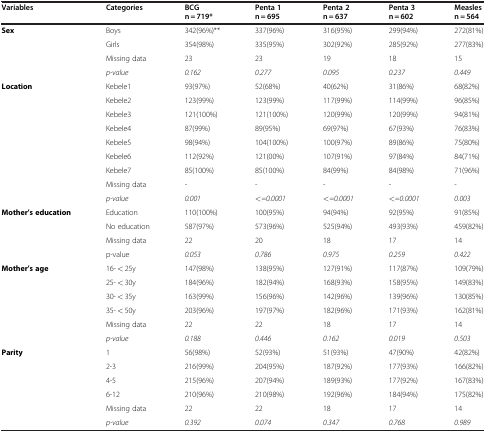
<table><thead><tr><td><b>Variables</b></td><td><b>Categories</b></td><td><b>BCG n = 719*</b></td><td><b>Penta 1 n = 695</b></td><td><b>Penta 2 n = 637</b></td><td><b>Penta 3 n = 602</b></td><td><b>Measles n = 564</b></td></tr></thead><tbody><tr><td><b>Sex</b></td><td>Boys</td><td>342(96%)**</td><td>337(96%)</td><td>316(95%)</td><td>299(94%)</td><td>272(81%)</td></tr><tr><td>[EMPTY_CELL]</td><td>Girls</td><td>354(98%)</td><td>335(95%)</td><td>302(92%)</td><td>285(92%)</td><td>277(83%)</td></tr><tr><td>[EMPTY_CELL]</td><td>Missing data</td><td>23</td><td>23</td><td>19</td><td>18</td><td>15</td></tr><tr><td>[EMPTY_CELL]</td><td><i>p-value</i></td><td><i>0.162</i></td><td><i>0.277</i></td><td><i>0.095</i></td><td><i>0.237</i></td><td><i>0.449</i></td></tr><tr><td><b>Location</b></td><td>Kebele1</td><td>93(97%)</td><td>52(68%)</td><td>40(62%)</td><td>31(86%)</td><td>68(82%)</td></tr><tr><td>[EMPTY_CELL]</td><td>Kebele2</td><td>123(99%)</td><td>123(99%)</td><td>117(99%)</td><td>114(99%)</td><td>96(85%)</td></tr><tr><td>[EMPTY_CELL]</td><td>Kebele3</td><td>121(100%)</td><td>121(100%)</td><td>120(99%)</td><td>120(99%)</td><td>94(81%)</td></tr><tr><td>[EMPTY_CELL]</td><td>Kebele4</td><td>87(99%)</td><td>89(95%)</td><td>69(97%)</td><td>67(93%)</td><td>76(83%)</td></tr><tr><td>[EMPTY_CELL]</td><td>Kebele5</td><td>98(94%)</td><td>104(100%)</td><td>100(97%)</td><td>89(86%)</td><td>75(80%)</td></tr><tr><td>[EMPTY_CELL]</td><td>Kebele6</td><td>112(92%)</td><td>121(00%)</td><td>107(91%)</td><td>97(84%)</td><td>84(71%)</td></tr><tr><td>[EMPTY_CELL]</td><td>Kebele7</td><td>85(100%)</td><td>85(100%)</td><td>84(99%)</td><td>84(98%)</td><td>71(96%)</td></tr><tr><td>[EMPTY_CELL]</td><td>Missing data</td><td>-</td><td>-</td><td>-</td><td>-</td><td>-</td></tr><tr><td>[EMPTY_CELL]</td><td><i>p-value</i></td><td><i>0.001</i></td><td><i>&lt;=0.0001</i></td><td><i>&lt;=0.0001</i></td><td><i>&lt;=0.0001</i></td><td><i>0.003</i></td></tr><tr><td><b>Mother’s education</b></td><td>Education</td><td>110(100%)</td><td>100(95%)</td><td>94(94%)</td><td>92(95%)</td><td>91(85%)</td></tr><tr><td>[EMPTY_CELL]</td><td>No education</td><td>587(97%)</td><td>573(96%)</td><td>525(94%)</td><td>493(93%)</td><td>459(82%)</td></tr><tr><td>[EMPTY_CELL]</td><td>Missing data</td><td>22</td><td>20</td><td>18</td><td>17</td><td>14</td></tr><tr><td>[EMPTY_CELL]</td><td>p-value</td><td><i>0.053</i></td><td><i>0.786</i></td><td><i>0.975</i></td><td><i>0.259</i></td><td><i>0.422</i></td></tr><tr><td><b>Mother’s age</b></td><td>16- &lt; 25y</td><td>147(98%)</td><td>138(95%)</td><td>127(91%)</td><td>117(87%)</td><td>109(79%)</td></tr><tr><td>[EMPTY_CELL]</td><td>25- &lt; 30y</td><td>184(96%)</td><td>182(94%)</td><td>168(93%)</td><td>158(95%)</td><td>149(83%)</td></tr><tr><td>[EMPTY_CELL]</td><td>30- &lt; 35y</td><td>163(99%)</td><td>156(96%)</td><td>142(96%)</td><td>139(96%)</td><td>130(85%)</td></tr><tr><td>[EMPTY_CELL]</td><td>35- &lt; 50y</td><td>203(96%)</td><td>197(97%)</td><td>182(96%)</td><td>171(93%)</td><td>162(81%)</td></tr><tr><td>[EMPTY_CELL]</td><td>Missing data</td><td>22</td><td>22</td><td>18</td><td>17</td><td>14</td></tr><tr><td>[EMPTY_CELL]</td><td><i>p-value</i></td><td><i>0.188</i></td><td><i>0.446</i></td><td><i>0.162</i></td><td><i>0.019</i></td><td><i>0.503</i></td></tr><tr><td><b>Parity</b></td><td>1</td><td>56(98%)</td><td>52(93%)</td><td>51(93%)</td><td>47(90%)</td><td>42(82%)</td></tr><tr><td>[EMPTY_CELL]</td><td>2-3</td><td>216(99%)</td><td>204(95%)</td><td>187(92%)</td><td>177(93%)</td><td>166(82%)</td></tr><tr><td>[EMPTY_CELL]</td><td>4-5</td><td>215(96%)</td><td>207(94%)</td><td>189(93%)</td><td>177(92%)</td><td>167(83%)</td></tr><tr><td>[EMPTY_CELL]</td><td>6-12</td><td>210(96%)</td><td>210(98%)</td><td>192(96%)</td><td>184(94%)</td><td>175(82%)</td></tr><tr><td>[EMPTY_CELL]</td><td>Missing data</td><td>22</td><td>22</td><td>18</td><td>17</td><td>14</td></tr><tr><td>[EMPTY_CELL]</td><td><i>p-value</i></td><td><i>0.392</i></td><td><i>0.074</i></td><td><i>0.347</i></td><td><i>0.768</i></td><td><i>0.989</i></td></tr></tbody></table>